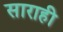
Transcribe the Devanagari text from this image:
साराही